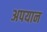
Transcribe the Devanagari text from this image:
अपयान